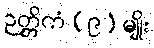
ဉတ္တိကံ (၉) မျိုး